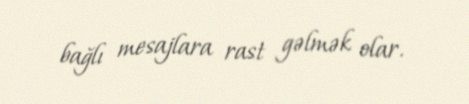
bağlı mesajlara rast gəlmək olar.